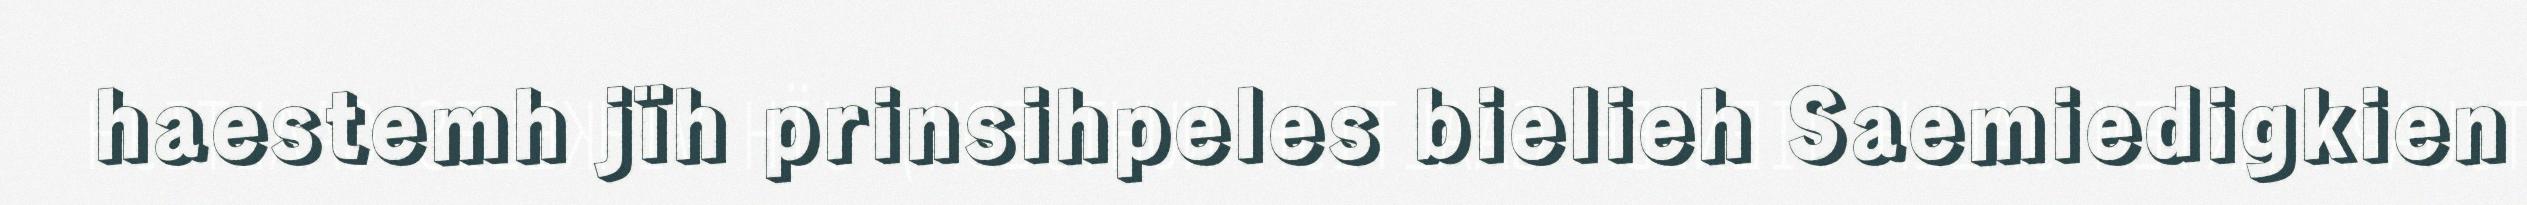
haestemh jïh prinsihpeles bielieh Saemiedigkien